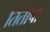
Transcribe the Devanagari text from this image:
तितीर्षा